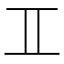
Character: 𮯰